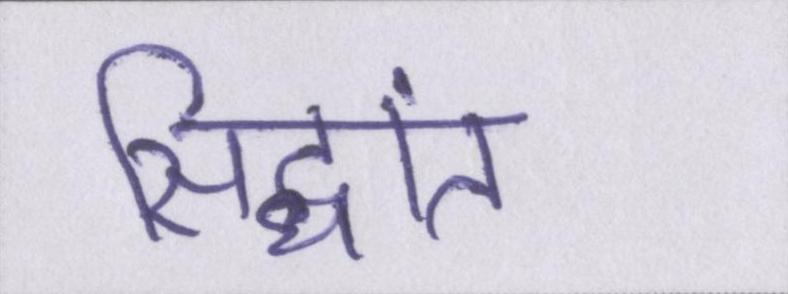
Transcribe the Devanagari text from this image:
सिद्धांत